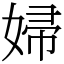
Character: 婦